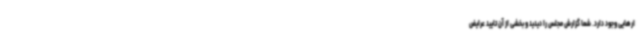
ارهایی وجود دارد. شما گزارش مجلس را دیدید و بخشی از آن تایید عرایض